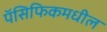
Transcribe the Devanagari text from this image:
पॅसिफिकमधील